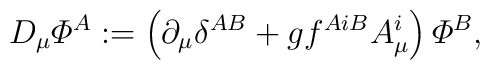
D_\mu{\mit\Phi}^A  :=\left(\partial_\mu\delta^{AB}         +gf^{AiB}A_\mu^i\right){\mit\Phi}^B ,